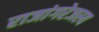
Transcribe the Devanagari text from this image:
राजांगरेजस्य